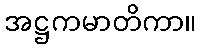
အဋ္ဌကမာတိကာ။